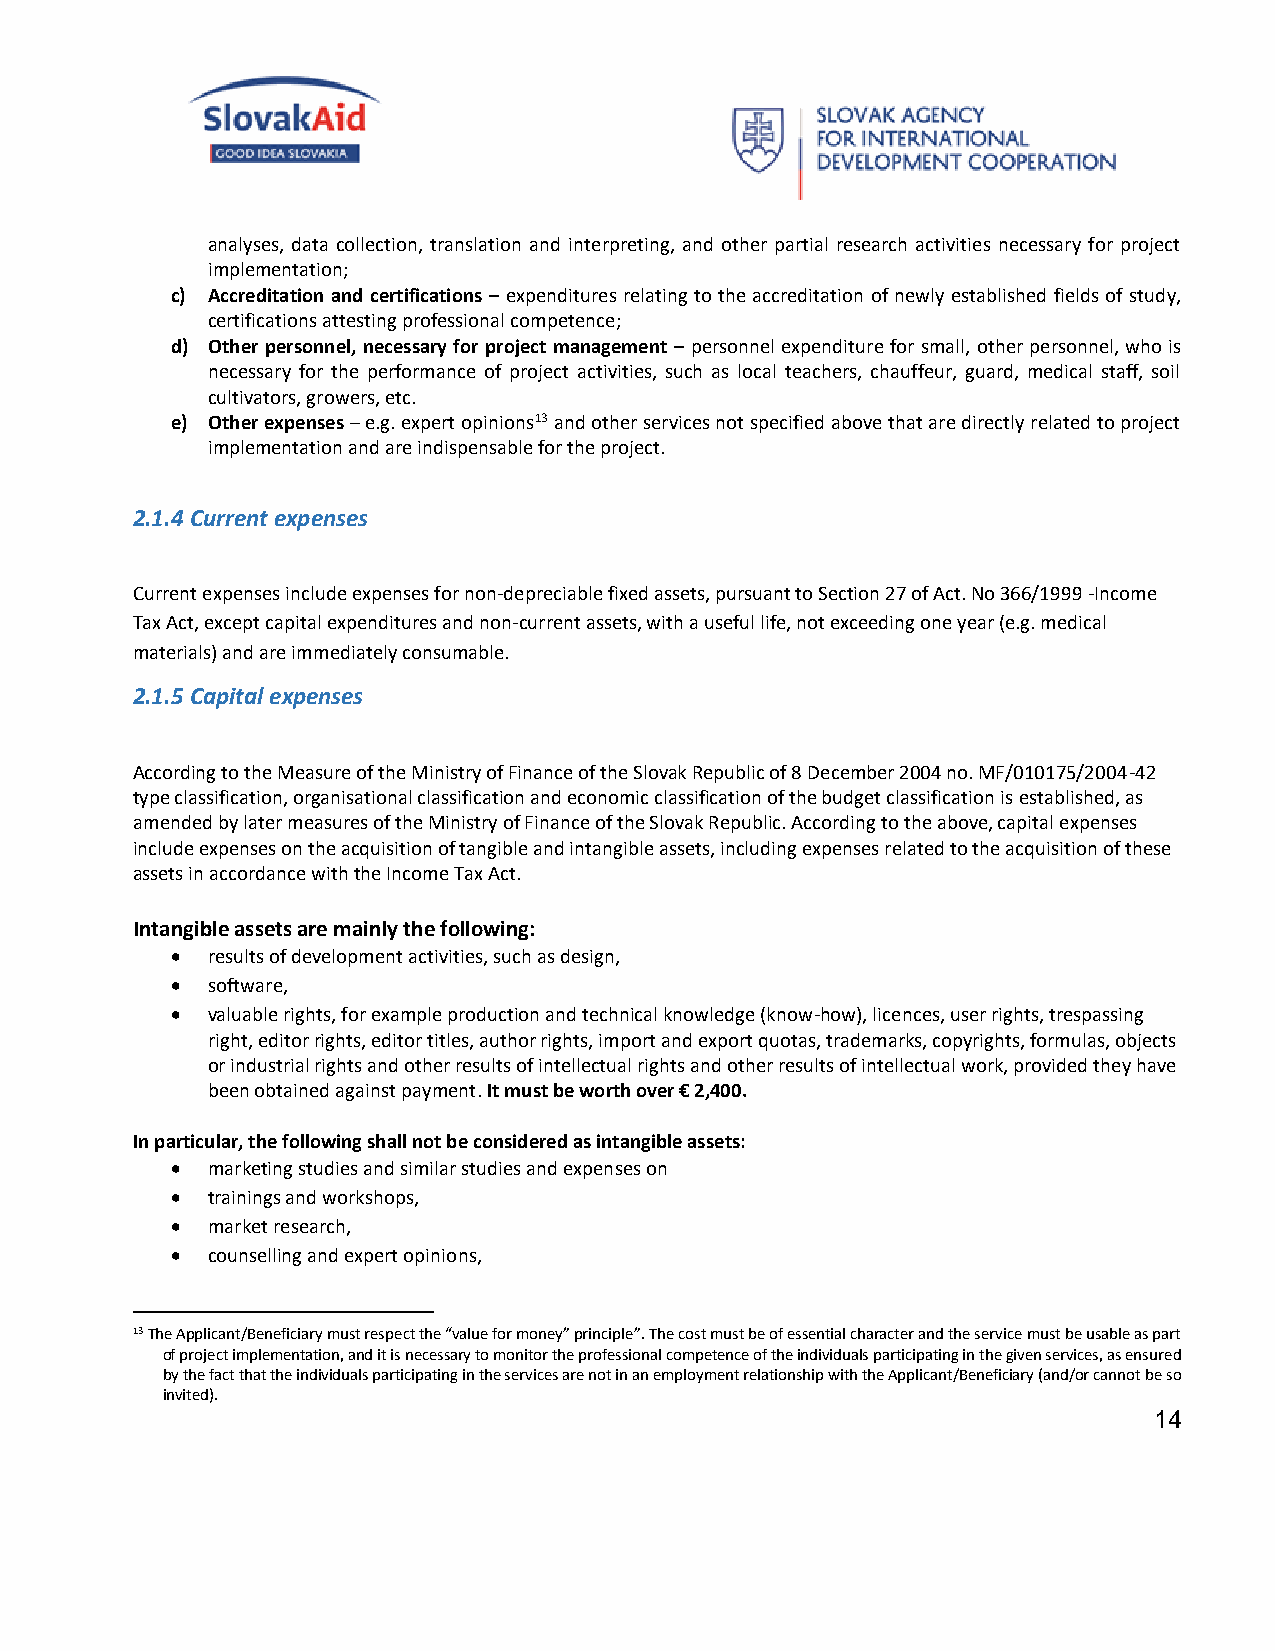
analyses, data collection, translation and interpreting, and other partial research activities necessary for project
 implementation;
 c) Accreditation and certifications – expenditures relating to the accreditation of newly established fields of study,
 certifications attesting professional competence;
 d) Other personnel, necessary for project management – personnel expenditure for small, other personnel, who is
 necessary for the performance of project activities, such as local teachers, chauffeur, guard, medical staff, soil
 cultivators, growers, etc.
 e) Other expenses – e.g. expert opinions13 and other services not specified above that are directly related to project
 implementation and are indispensable for the project.
 2.1.4 Current expenses
 Current expenses include expenses for non-depreciable fixed assets, pursuant to Section 27 of Act. No 366/1999 -Income
 Tax Act, except capital expenditures and non-current assets, with a useful life, not exceeding one year (e.g. medical
 materials) and are immediately consumable.
 2.1.5 Capital expenses
 According to the Measure of the Ministry of Finance of the Slovak Republic of 8 December 2004 no. MF/010175/2004-42
 type classification, organisational classification and economic classification of the budget classification is established, as
 amended by later measures of the Ministry of Finance of the Slovak Republic. According to the above, capital expenses
 include expenses on the acquisition of tangible and intangible assets, including expenses related to the acquisition of these
 assets in accordance with the Income Tax Act.
 Intangible assets are mainly the following:
   results of development activities, such as design,
   software,
   valuable rights, for example production and technical knowledge (know-how), licences, user rights, trespassing
 right, editor rights, editor titles, author rights, import and export quotas, trademarks, copyrights, formulas, objects
 or industrial rights and other results of intellectual rights and other results of intellectual work, provided they have
 been obtained against payment. It must be worth over € 2,400.
 In particular, the following shall not be considered as intangible assets:
   marketing studies and similar studies and expenses on
   trainings and workshops,
   market research,
   counselling and expert opinions,
 13 The Applicant/Beneficiary must respect the “value for money” principle”. The cost must be of essential character and the service must be usable as part
 of project implementation, and it is necessary to monitor the professional competence of the individuals participating in the given services, as ensured
 by the fact that the individuals participating in the services are not in an employment relationship with the Applicant/Beneficiary (and/or cannot be so
 invited).
 14